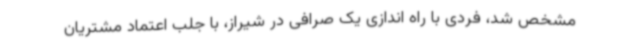
مشخص شد، فردی با راه اندازی یک صرافی در شیراز، با جلب اعتماد مشتریان